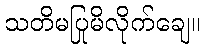
သတိမပြုမိလိုက်ချေ။